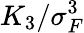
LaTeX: K_{3}/\sigma_{F}^{3}